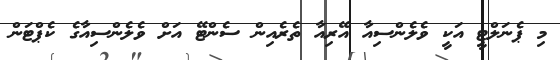
މި ޕެނަލްޓީ އަކީ ވެލެންސިއާ އޭރިއާ ތެރެއިން ސެންޓޭ އަށް ވެލެންސިއާގެ ކެޕްޓަން